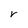
Character: r